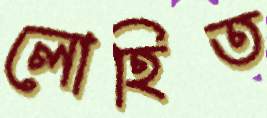
লোহিত